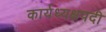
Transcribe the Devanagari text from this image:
कार्यध्यक्षपदी